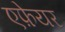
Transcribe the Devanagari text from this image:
एफ़ेयर